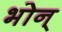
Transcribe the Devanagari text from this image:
भोन्